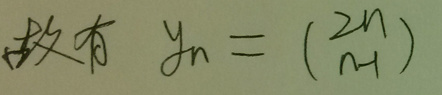
\[
y_{n}=\binom{2n}{n - 1}
\]